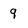
Character: 9